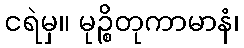
ငရဲမှ။ မုဉ္စိတုကာမာနံ၊